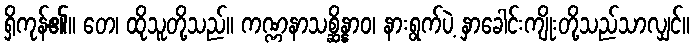
ရှိကုန်၏။ တေ၊ ထိုသူတို့သည်။ ကဏ္ဏနာသစ္ဆိန္နာဝ၊ နားရွက်ပဲ့ နှာခေါင်းကျိုးတို့သည်သာလျှင်။